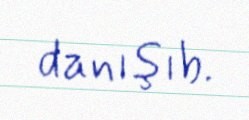
danışıb.